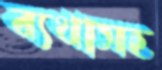
ব্যথাসহ